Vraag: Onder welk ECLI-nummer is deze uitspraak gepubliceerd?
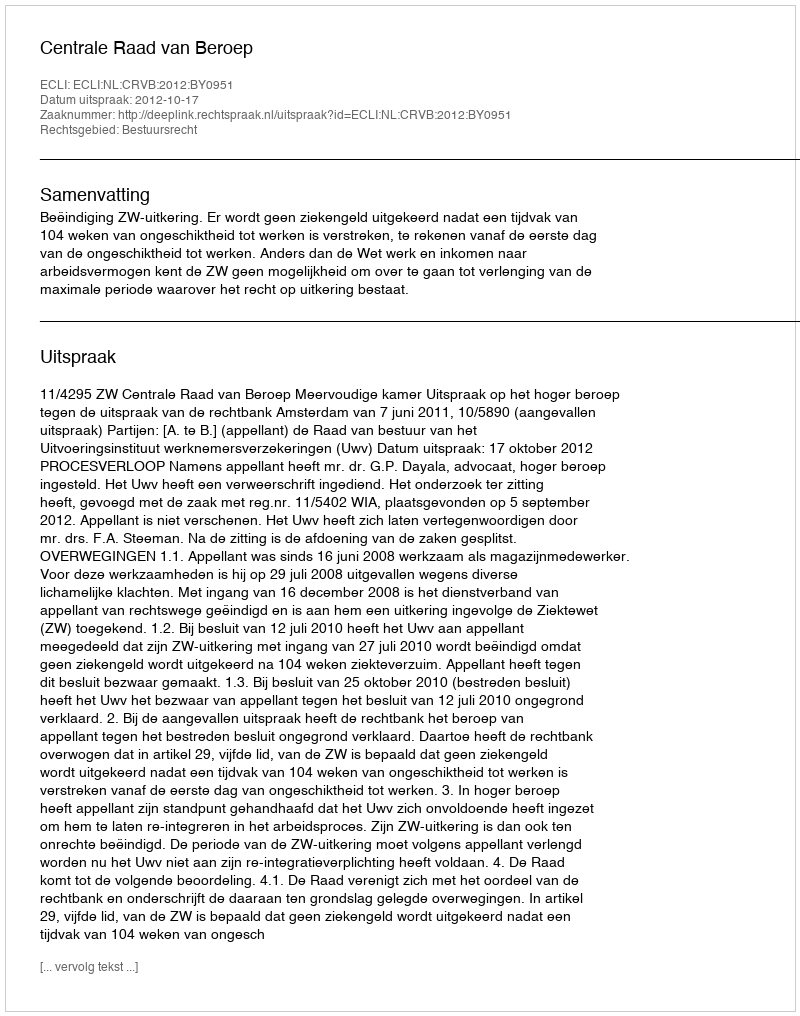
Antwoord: ECLI:NL:CRVB:2012:BY0951